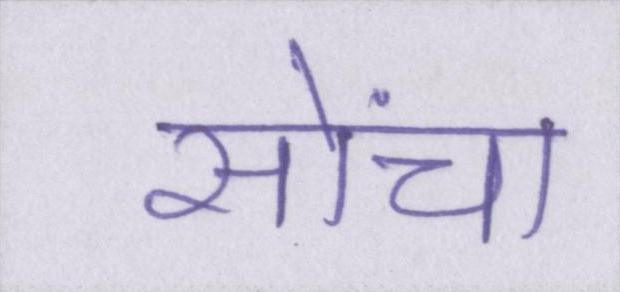
सोंचा